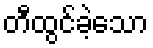
တီထွင်ခဲ့သော